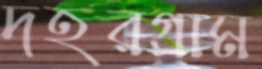
দহরগ্রাম